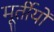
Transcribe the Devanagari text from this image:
मूर्तीयों